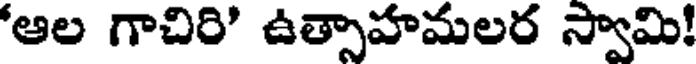
'ఆల గాచిరి' ఉత్సాహమలర స్వామి!